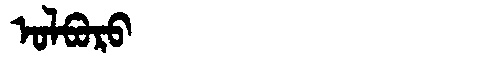
Manchu: ᠣᠯᠪᠣᡵᠣ
Romanization: OLBORO